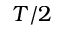
T / 2